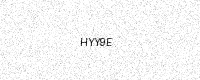
Text: HYY9E